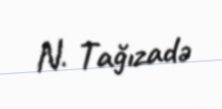
N. Tağızadə